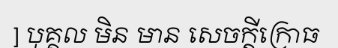
] បុគ្គល មិន មាន សេចក្តីក្រោធ